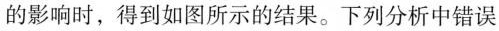
的影响时，得到如图所示的结果。下列分析中错误